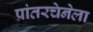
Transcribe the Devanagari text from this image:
प्रांतरचेनेला